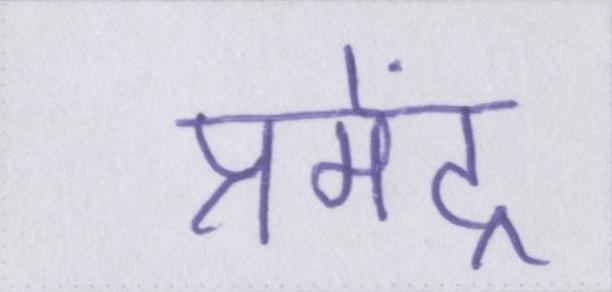
प्रमेंद्र